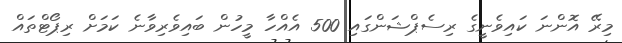
މިރޭ އޮންނަ ކައިވެނީގެ ރިސެޕްޝަންގައި 500 އެއްހާ މީހުން ބައިވެރިވާނެ ކަމަށް ރިޕޯޓްތައް